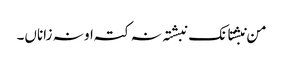
من نبشتانک نبشتہ نہ کتہ او نہ زاناں۔